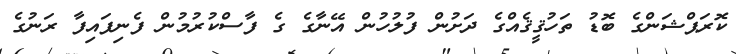
ކޮރަޕްޝަންގެ ބޮޑު ތަހުޤީޤެއްގެ ދަށުން ފުލުހުން އޭނާގެ ގެ ފާސްކުރުމުން ފެނިފައިފާ ރަނުގެ